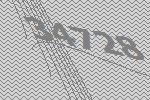
34728